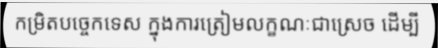
កម្រិតបច្ចេកទេស ក្នុងការត្រៀមលក្ខណៈជាស្រេច ដើម្បី